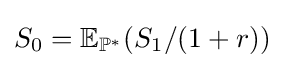
S_{0}=\mathbb {E} _{\mathbb {P} ^{*}}(S_{1}/(1+r))